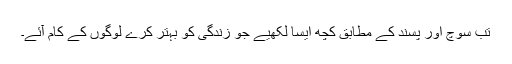
تب سوچ اور پسند کے مطابق کچھ ایسا لکھیے جو زندگی کو بہتر کرے لوگوں کے کام آئے۔